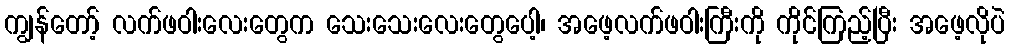
ကျွန်တော့် လက်ဖဝါးလေးတွေက သေးသေးလေးတွေပေါ့၊ အဖေ့လက်ဖဝါးကြီးကို ကိုင်ကြည့်ပြီး အဖေ့လိုပဲ